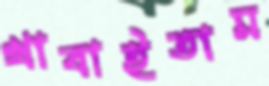
খাবাইতাম